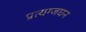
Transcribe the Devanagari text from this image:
प्रत्यग्जघन